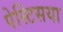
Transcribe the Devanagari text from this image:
पेस्टिसया